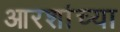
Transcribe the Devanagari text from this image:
आरशांच्या